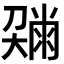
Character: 𡙼